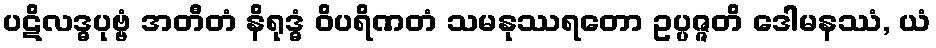
ပဋိလဒ္ဓပုဗ္ဗံ အတီတံ နိရုဒ္ဓံ ဝိပရိဏတံ သမနုဿရတော ဥပ္ပဇ္ဇတိ ဒေါမနဿံ, ယံ